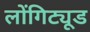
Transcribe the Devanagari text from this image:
लोंगिट्यूड